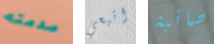
صدمته اتبعي صائبة